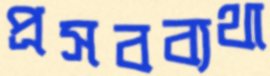
প্রসবব্যথা